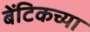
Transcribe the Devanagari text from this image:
बेंटिकच्या